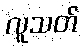
လူသတ်